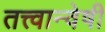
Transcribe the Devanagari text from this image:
तत्त्वान्वेषी